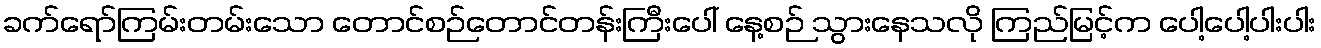
ခက်ရော်ကြမ်းတမ်းသော တောင်စဉ်တောင်တန်းကြီးပေါ် နေ့စဉ် သွားနေသလို ကြည်မြင့်က ပေါ့ပေါ့ပါးပါး